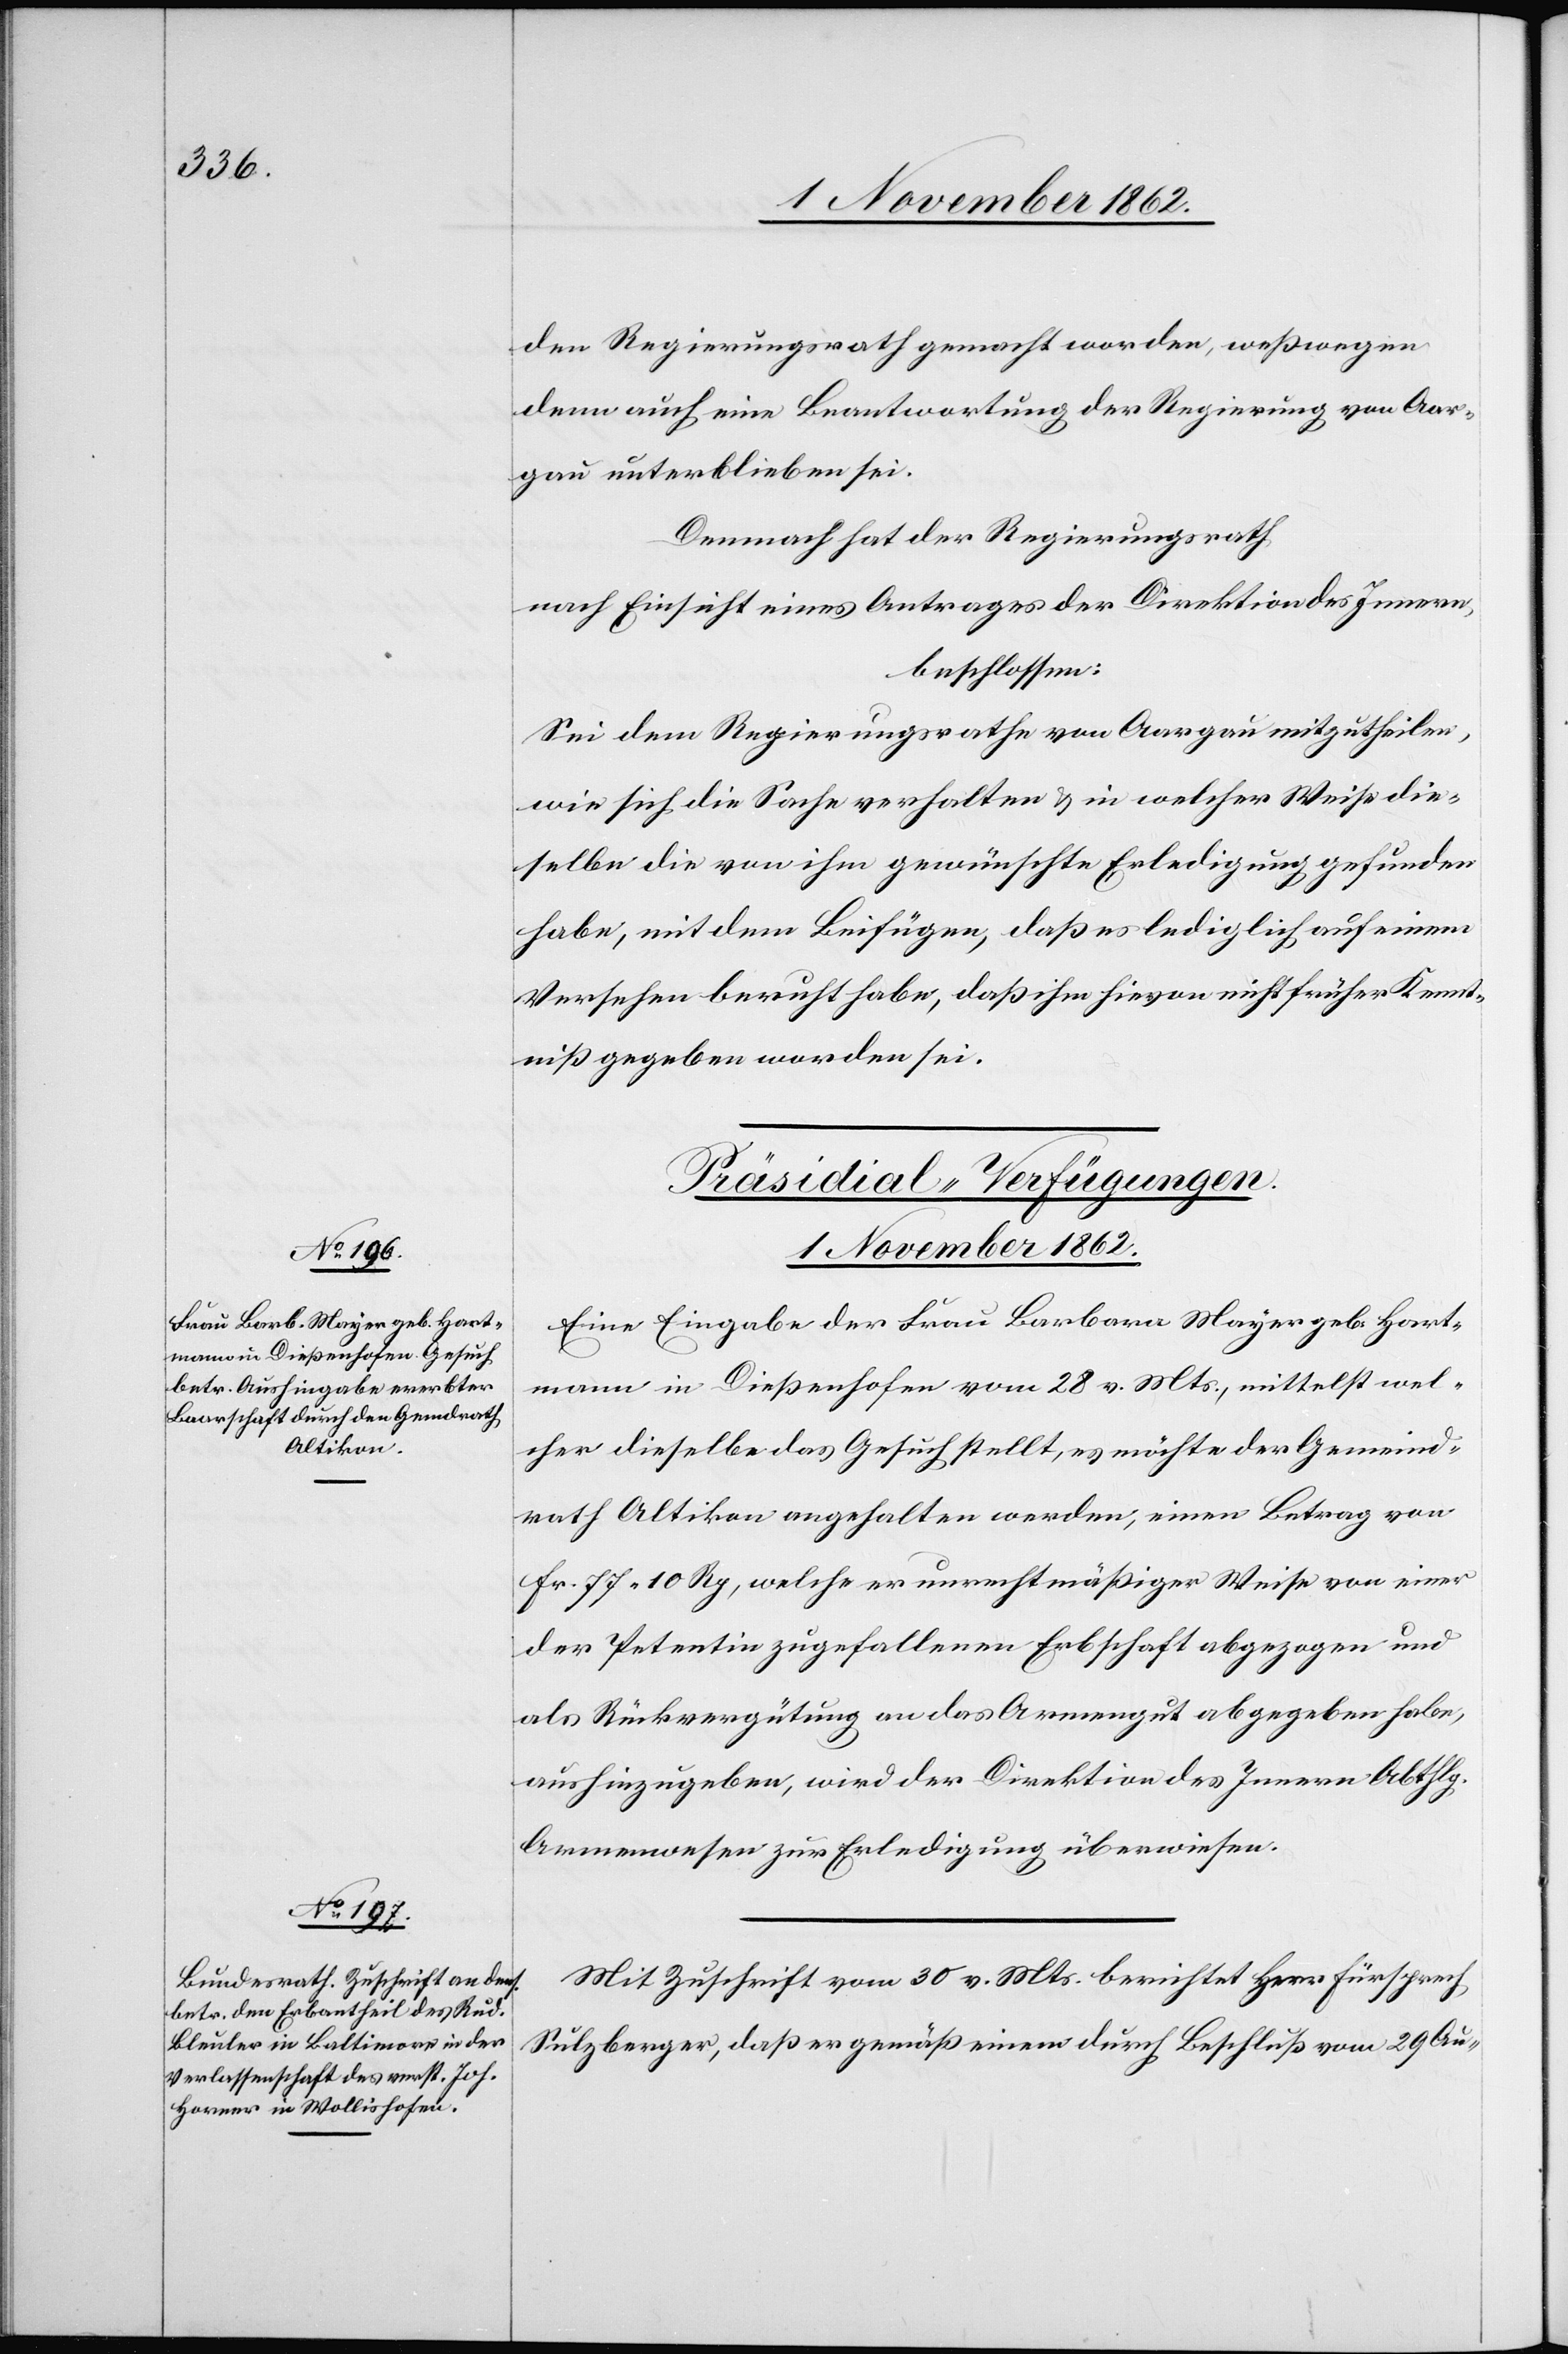
1. November 1862.]
den Regierungsrath gemacht worden, weßwegen
denn auch eine Beantwortung der Regierung von Aar¬
gau unterblieben sei.
Demnach hat der Regierungsrath
nach Einsicht eines Antrages der Direktion des Innern,
beschlossen:
Sei dem Regierungsrathe von Aargau mitzutheilen,
wie sich die Sache verhalten u. in welcher Weise die¬
selbe die von ihm erwünschte Erledigung gefunden
habe, mit dem Beifügen, daß es lediglich auf einem
Versehen beruht habe, daß ihm hievon nicht früher Kennt¬
niß gegeben worden sei.
[Präsidial-Verfügungen.
1. November 1862.
Eine Eingabe der Frau Barbara Mayer geb. Hart¬
mann in Dießenhofen vom 28. v. Mts., mittelst wel¬
cher dieselbe das Gesuch stellt, es möchte der Gemeind¬
rath Altikon angehalten werden, einen Betrag von
Fr. 77 10 Rp., welche er unrechtmäßiger Weise von einer
der Petentin zugefallenen Erbschaft abgezogen und
als Rückvergütung an das Armengut abgegeben habe,
aushinzugeben, wird der Direktion des Innern Abthlg.
Armenwesen zur Erledigung überwiesen.
Mit Zuschrift vom 30. v. Mts. berichtet Herr Fürsprech
Sulzberger, daß er gemäß einem durch Beschluß vom 29. Au-